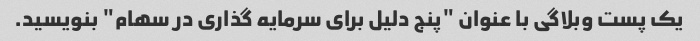
یک پست وبلاگی با عنوان "پنج دلیل برای سرمایه گذاری در سهام" بنویسید.